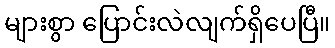
များစွာ ပြောင်းလဲလျက်ရှိပေပြီ။